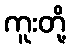
ကူးတို့